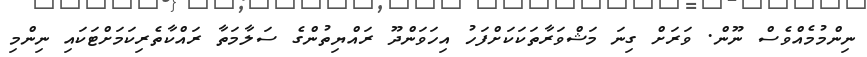
ނިންމުމެއްވެސް ނޫން. ވަރަށް ގިނަ މަޝްވަރާތަކަކަށްފަހު އިހަވަންދޫ ރައްޔިތުންގެ ސަލާމަތާ ރައްކާތެރިކަަމަށްޓަކައި ނިންމި